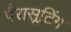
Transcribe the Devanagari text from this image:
पैरासूटिंग